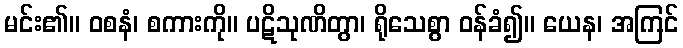
မင်း၏။ ဝစနံ၊ စကားကို။ ပဋိသုဏိတွာ၊ ရိုသေစွာ ဝန်ခံ၍။ ယေန၊ အကြင်